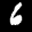
Label: 6